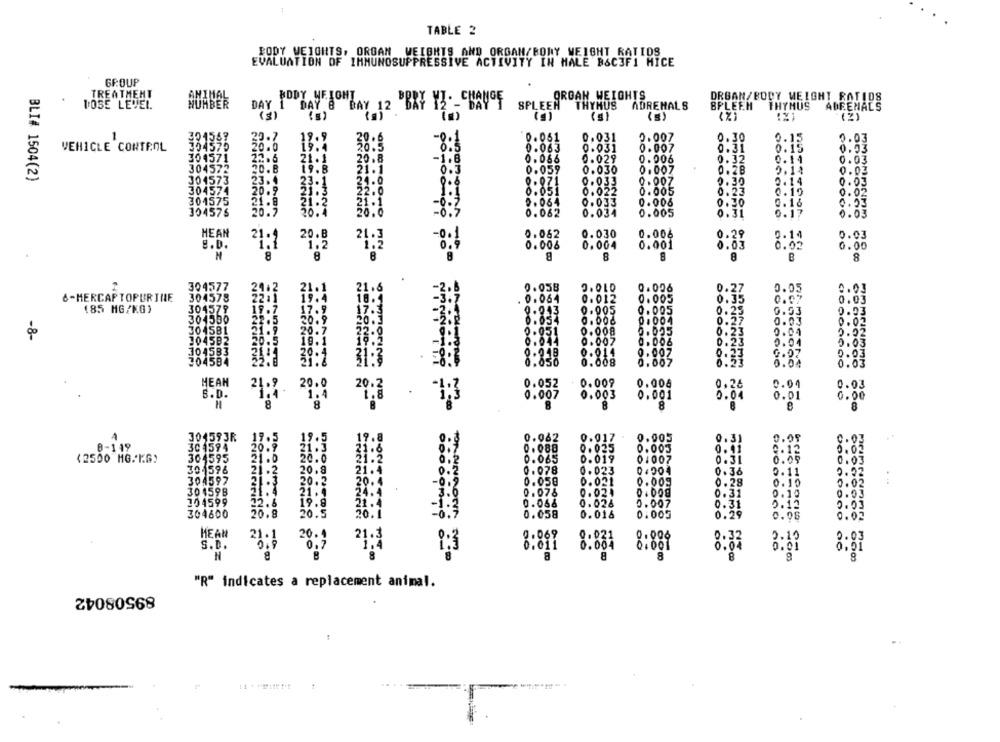
TABLE 2
BODY WEIGHTS, ORGAN WEIGHTS AND ORGAN/BORY WEIGHT RATIDS
EVALUATION OF IMMUNOSUPPRESSIVE ACTIVITY IN MALE B&C3F1 HICE
GROUP
TREATMENT
ORGAN WEIGHTS
DRBAN/BODY WEIGHT RATIDS
NORBER
BODY WEIGHT ..
"BRY YI- CHANGE
TOSE LEVEL
DAY
SPLEEN"
THYHUS
ADRENALS
BPLEEH
THYMUS
ADRENALS
(5)
(1)
.1
304567
20.7
19.9
0.061
0.031
0.007
0.30
0.15
0.03
VEHICLE CONTROL
304579
0.063
0.031
0.007
0.31
0.15
0.33
-8:3
304571
22.5
21. 1
20.8
-1.8
0.066
0.029
0.006
0.32
0.14
0.03
304573
20.8
19.8
21.1
0.059
0.030
0.007
0.28
0.14
0.03
BLI# 1504(2)
304573
23. 4
23.1
21.0
0-071
0.033
0.007
0.30
0.14
0.03
304574
20. 9
21.
22.0
0.051
0.022
0.005
0.23
0.10
0. 02
301575
21.2
21.1
0.53
21.8
0.064
0.033
0.006
0. 30
0.16
304576
20.7
20.4
20.0
0.062
0.034
0.005
0.31
OMO-
0.17
0.03
HEAN
21.4
20.B
0.082
0.030
0.006
0.29
0.14
0.03
8.0.
1.2
21:3
0.006
0.004
0.001
0.00
-
0.03
0.02
H
8
8
8
8
8
8
B
8
304577
24.2
21.1
21.6
0.058
0.010
0.006
0.27
0.03
22 :1
6-MERCAP TOPURINE
304578
19.4
18. 1
. 0.064
0.012
0.005
0.35
0.
0.03
(85 MG/KG)
304579
19.7
17.9
17.3
0.943
0.005
0.005
0.25
0.
53
0.03
304590
22.5
20.9
20.3
0:004
0.57
0.054
0.006
0.02
-8-
304581
21.9
20.7
0.008
0.005
0.23
0.52
3045B2
20.5
0.007
0.006
0.04
0.03
0.23
304583
26:4
30.1
31:3
0.018
0.011
0.007
27
0.03
304584
0.008
0.007
·23
0.03
MEAN
21.9
20.0
20.2
0.052
0.009
0.006
0.24
0.04
0.03
S.D.
1.4
0.007
0.003
1.8
0.001
0.04
0.01
0.00
H
8
8
8
8
8
8
8
301593R
19.5
19.5
19.8
0.082
0.017
0.005
0.02
0.31
8-119
304594
20.9
0.088
0. 025
0.003
0.41
0.12
0.02
(2500 MG/ KG)
304595
21.0
20.0
0.065
0.019
01007
0.03
301596
21.2
20.8
21.4
0.078
0.023
04004
0.36
0.
11
0.52
304597
21.3
20.2
20.4
0.058
0.021
0.009
0.28
O
0.02
21.4
-8:2
304598
0.078
0.021
0.008
0.31
14
0.03
104599
22.6
19.9
0.066
0.026
5.007
0.31
5.1:
0.03
20.5
304600
20:1
0.016
0:005
0.29
0.08
0.02
HEAN
0.069
0.000
0.03
21.1
20.1
21.3
0.021
S.D.
6,011
0.004
00
0.01
8
8
8
8
8
"R" indicates a replacement animal.
89508042